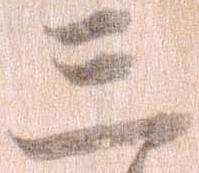
三